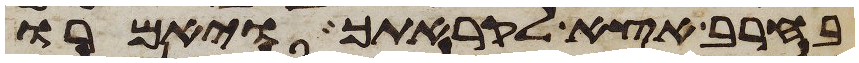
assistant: בחרב אצא לקראתך ויאמרו